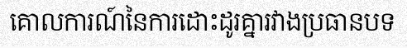
គោលការណ៍នៃការដោះដូរគ្នារវាងប្រធានបទ